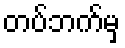
တပ်ဘက်မှ